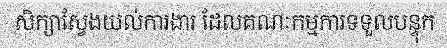
សិក្សាស្វែងយល់ការងារ ដែលគណៈកម្មការទទួលបន្ទុក